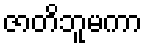
ဇာတိဘူမကာ